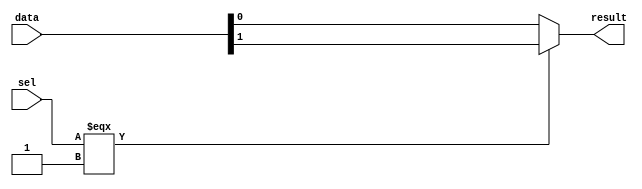
module  element_mux_1x2_mux
	( 
	data,
	result,
	sel) /* synthesis synthesis_clearbox=1 */;
	input   [1:0]  data;
	output   [0:0]  result;
	input   [0:0]  sel;
`ifndef ALTERA_RESERVED_QIS
// synopsys translate_off
`endif
	tri0   [1:0]  data;
	tri0   [0:0]  sel;
`ifndef ALTERA_RESERVED_QIS
// synopsys translate_on
`endif

	wire	wire_l1_w0_n0_mux_dataout;
	wire  [1:0]  data_wire;
	wire  [0:0]  result_wire_ext;
	wire  [0:0]  sel_wire;

	assign		wire_l1_w0_n0_mux_dataout = (sel_wire[0] === 1'b1) ? data_wire[1] : data_wire[0];
	assign
		data_wire = {data},
		result = result_wire_ext,
		result_wire_ext = {wire_l1_w0_n0_mux_dataout},
		sel_wire = {sel[0]};
endmodule
module element_mux_1x2 (
	data0,
	data1,
	sel,
	result)/* synthesis synthesis_clearbox = 1 */;

	input	  data0;
	input	  data1;
	input	  sel;
	output	  result;

	wire [0:0] sub_wire0;
	wire  sub_wire6 = data0;
	wire [0:0] sub_wire1 = sub_wire0[0:0];
	wire  result = sub_wire1;
	wire  sub_wire2 = sel;
	wire  sub_wire3 = sub_wire2;
	wire  sub_wire4 = data1;
	wire [1:0] sub_wire5 = {sub_wire6, sub_wire4};

	element_mux_1x2_mux	element_mux_1x2_mux_component (
				.sel (sub_wire3),
				.data (sub_wire5),
				.result (sub_wire0));

endmodule